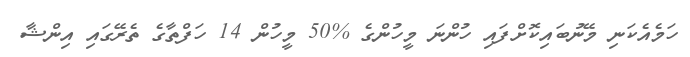
ހަމެއެކަނި މޭނުބައިކޮށްފައި ހުންނަ މީހުންގެ %50 މީހުން 14 ހަފްތާގެ ތެރޭގައި އިންޝާ